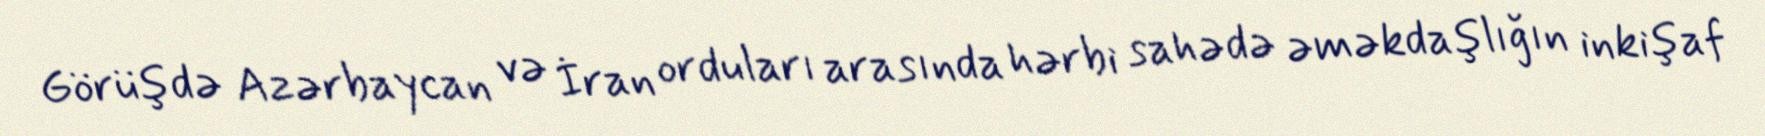
Görüşdə Azərbaycan və İran orduları arasında hərbi sahədə əməkdaşlığın inkişaf